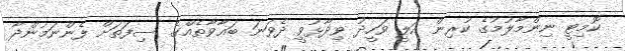
ކޮމިޓީ ނިންމާލުމުގެ ކުރިން އަލީ ވަހީދު ވިދާޅުވީ ދެވަނަ ބަޣާވާތެއްގެ ސިފަތަށް ފެންނަމުންދާ